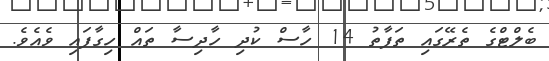
ބެލްޓްގެ ތެރޭގައި ތަފާތު 14 ހާސް ކުދި ހާދިސާ ތައް ހިގާފައި ވެއެވެ.